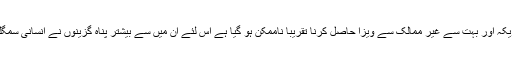
اخبار کہتا ہے کہ چُونکہ امریکہ اور بہت سے غیر ممالک سے ویزا حاصل کرنا تقریباً ناممکن ہو گیا ہے اس لئے ان میں سے بیشتر پناہ گزینوں نے انسانی سمگلروں کی خدمات حاصل کیں۔